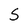
Character: S